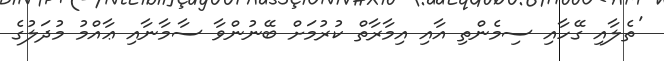
'ތެލާއި ގޭހާއި ސިމެންތި އާއި އިމާރާތް ކުރުމަށް ބޭނުންވާ ސާމާނާއި ޢާއްމު މުދަލުގެ